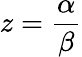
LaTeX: z=\frac{\alpha}{\beta}